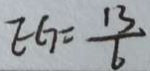
E G = \frac { 1 3 } { 6 }